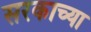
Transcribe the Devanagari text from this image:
सरकाच्या